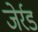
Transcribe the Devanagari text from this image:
जेर्रड